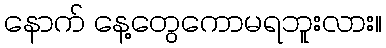
နောက် နေ့တွေကောမရဘူးလား။